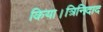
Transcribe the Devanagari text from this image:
किया।त्रिनिदाद